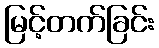
မြင့်တက်ခြင်း